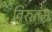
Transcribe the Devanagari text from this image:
विरुतम